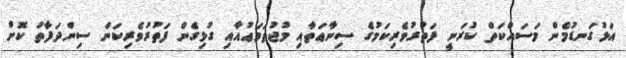
އަޅުގަނޑުމެން މަސައްކަތް ކުރަނީ ފަތުރުވެރިކަމުގެ ސިނާޢަތާއި މުޖުތަމަޢުއާއި ގުޅިގެން ފަތުރުވެރިކަން ސިންދަފާތު ކޮށް